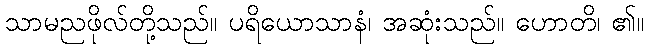
သာမညဖိုလ်တို့သည်။ ပရိယောသာနံ၊ အဆုံးသည်။ ဟောတိ၊ ၏။